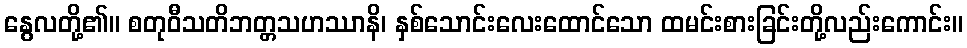
နွေလတို့၏။ စတုဝီသတိဘတ္တသဟဿာနိ၊ နှစ်သောင်းလေးထောင်သော ထမင်းစားခြင်းတို့လည်းကောင်း။